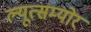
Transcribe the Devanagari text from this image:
ल्यूत्सम्योर